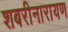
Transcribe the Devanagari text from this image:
शबरीनारायण